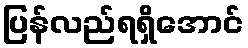
ပြန်လည်ရရှိအောင်